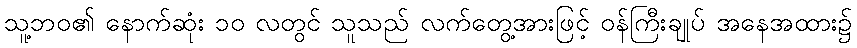
သူ့ဘဝ၏ နောက်ဆုံး ၁၀ လတွင် သူသည် လက်တွေ့အားဖြင့် ဝန်ကြီးချုပ် အနေအထား၌